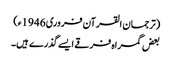
(ترجمان القرآن فروری 1946ء)
بعض گمراہ فرقے ایسے گذرے ہیں۔